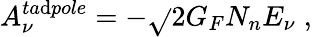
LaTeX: A_{\nu}^{ta\mathrm{d}pole}=-\sqrt{}{{2}}G_{F}N_{n}E_{\nu}\; ,